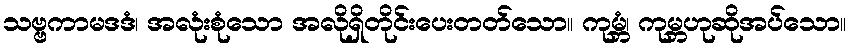
သဗ္ဗကာမဒဒံ၊ အလုံးစုံသော အလိုရှိတိုင်းပေးတတ်သော။ ကုမ္ဘံ၊ ကုမ္ဘဟုဆိုအပ်သော။